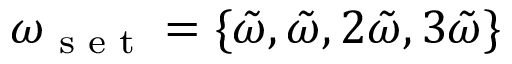
\omega _ { \textrm { s e t } } = \{ \tilde { \omega } , \tilde { \omega } , 2 \tilde { \omega } , 3 \tilde { \omega } \}